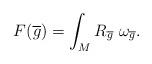
LaTeX: \begin{align*}F(\overline{g}) = \displaystyle\int_{M}{R_{\overline{g}} \ \omega_{\overline{g}}}.\end{align*}